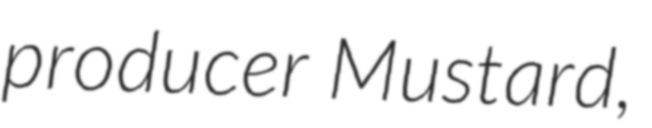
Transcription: producer Mustard,